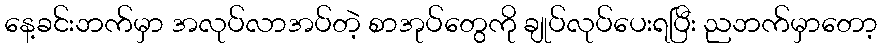
နေ့ခင်းဘက်မှာ အလုပ်လာအပ်တဲ့ စာအုပ်တွေကို ချုပ်လုပ်ပေးရပြီး ညဘက်မှာတော့